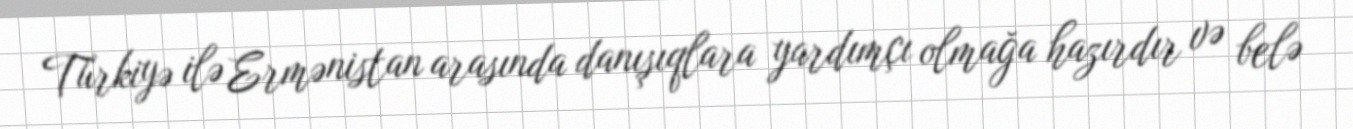
Türkiyə ilə Ermənistan arasında danışıqlara yardımçı olmağa hazırdır və belə